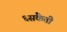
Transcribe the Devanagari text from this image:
६संकेती